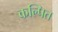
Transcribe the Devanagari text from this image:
कल्‍पित